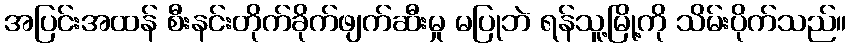
အပြင်းအထန် စီးနင်းတိုက်ခိုက်ဖျက်ဆီးမှု မပြုဘဲ ရန်သူ့မြို့ကို သိမ်းပိုက်သည်။